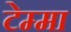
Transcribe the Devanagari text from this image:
टेम्मा